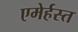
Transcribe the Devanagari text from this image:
एमेर्हस्त